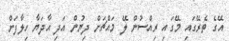
އޭގެ ތެރޭގައި މޭގައި ރިއްސުން ލޭ މައްޗަށް ދިޔުން އަދި އާދަޔާ ހިލާފަށް